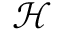
{ \mathcal { H } }